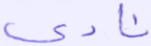
نادى